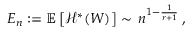
E _ { n } : = \mathbb { E } \left[ { \mathcal H } ^ { * } ( W ) \right] \sim \, n ^ { 1 - \frac { 1 } { r + 1 } } \, ,